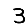
Digit: 3